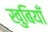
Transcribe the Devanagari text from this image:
खुबियाँ